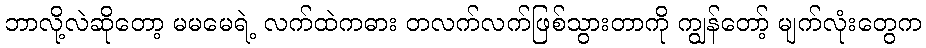
ဘာလို့လဲဆိုတော့ မမမေရဲ့ လက်ထဲကဓား တလက်လက်ဖြစ်သွားတာကို ကျွန်တော့် မျက်လုံးတွေက